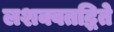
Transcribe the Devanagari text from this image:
लशक्वतद्धिते